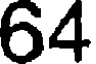
64